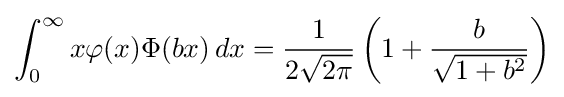
\int _{0}^{\infty }x\varphi (x)\Phi (bx)\,dx={\frac {1}{2{\sqrt {2\pi }}}}\left(1+{\frac {b}{\sqrt {1+b^{2}}}}\right)